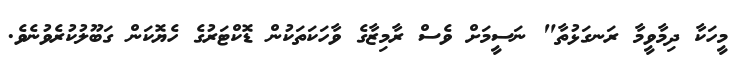
މީހަކާ ދިމާވީމާ ރަނގަޅުތާ" ނަސީމަށް ވެސް ރާމިޒާގެ ވާހަކަތަކުން ޑޮކްޓަރުގެ ހެޔޮކަން ގަބޫލުކުރެވުނެވެ.